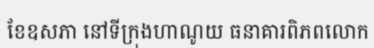
ខែឧសភា នៅទីក្រុងហាណូយ ធនាគារពិភពលោក